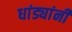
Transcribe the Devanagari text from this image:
धांड्यांनी